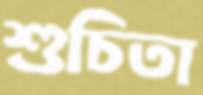
শুচিতা